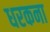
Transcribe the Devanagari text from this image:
धरकना